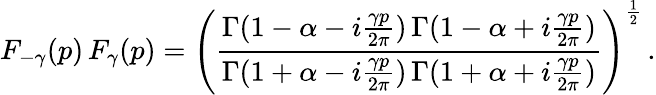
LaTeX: F_{-\gamma}(p)\, F_{\gamma}(p)=\left(\frac{\Gamma(1-\alpha-i\frac{\gamma p}{2\pi})\, \Gamma(1-\alpha+i\frac{\gamma p}{2\pi})}{\Gamma(1+\alpha-i\frac{\gamma p}{2\pi})\, \Gamma(1+\alpha+i\frac{\gamma p}{2\pi})}\right)^{\frac{1}{2}}\, .